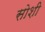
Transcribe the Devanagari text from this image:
सोशी